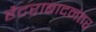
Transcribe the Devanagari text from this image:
हैदराबादनंतर